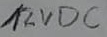
Text: 12VDC